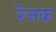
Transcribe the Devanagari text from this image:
रेजक